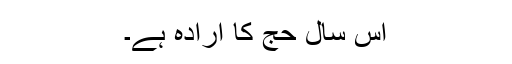
اس سال حج کا ارادہ ہے۔